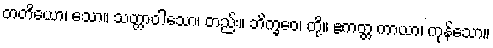
တတိယော၊ သော။ သတ္တာဝါသော၊ တည်း။ ဘိက္ခဝေ၊ တို့။ ဧကတ္တ ကာယာ၊ ကုန်သော။